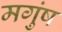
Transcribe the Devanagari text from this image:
मगुंष